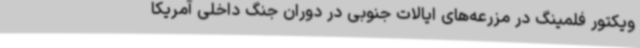
ویکتور فلمینگ در مزرعه‌های ایالات جنوبی در دوران جنگ داخلی آمریکا